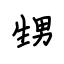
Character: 甥